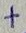
Text: +